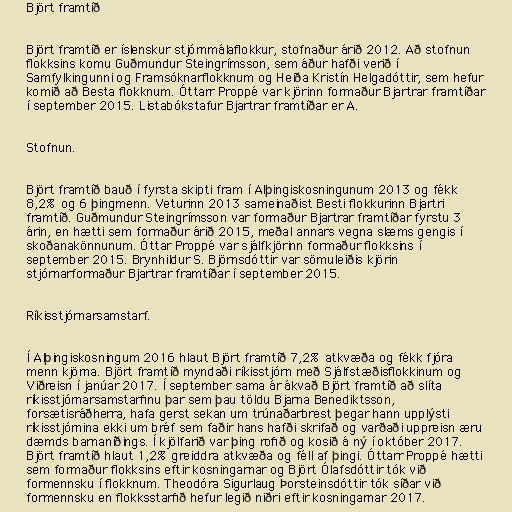
Björt framtíð

Björt framtíð er íslenskur stjórnmálaflokkur, stofnaður árið 2012. Að stofnun
flokksins komu Guðmundur Steingrímsson, sem áður hafði verið í
Samfylkingunni og Framsóknarflokknum og Heiða Kristín Helgadóttir, sem hefur
komið að Besta flokknum. Óttarr Proppé var kjörinn formaður Bjartrar framtíðar
í september 2015. Listabókstafur Bjartrar framtíðar er A.

Stofnun.

Björt framtíð bauð í fyrsta skipti fram í Alþingiskosningunum 2013 og fékk
8,2% og 6 þingmenn. Veturinn 2013 sameinaðist Besti flokkurinn Bjartri
framtíð. Guðmundur Steingrímsson var formaður Bjartrar framtíðar fyrstu 3
árin, en hætti sem formaður árið 2015, meðal annars vegna slæms gengis í
skoðanakönnunum. Óttar Proppé var sjálfkjörinn formaður flokksins í
september 2015. Brynhildur S. Björnsdóttir var sömuleiðis kjörin
stjórnarformaður Bjartrar framtíðar í september 2015.

Ríkisstjórnarsamstarf.

Í Alþingiskosningum 2016 hlaut Björt framtíð 7,2% atkvæða og fékk fjóra
menn kjörna. Björt framtíð myndaði ríkisstjórn með Sjálfstæðisflokkinum og
Viðreisn í janúar 2017. Í september sama ár ákvað Björt framtíð að slíta
ríkisstjórnarsamstarfinu þar sem þau töldu Bjarna Benediktsson,
forsætisráðherra, hafa gerst sekan um trúnaðarbrest þegar hann upplýsti
ríkisstjórnina ekki um bréf sem faðir hans hafði skrifað og varðaði uppreisn æru
dæmds barnaníðings. Í kjölfarið var þing rofið og kosið á ný í október 2017.
Björt framtíð hlaut 1,2% greiddra atkvæða og féll af þingi. Óttarr Proppé hætti
sem formaður flokksins eftir kosningarnar og Björt Ólafsdóttir tók við
formennsku í flokknum. Theodóra Sigurlaug Þorsteinsdóttir tók síðar við
formennsku en flokksstarfið hefur legið niðri eftir kosningarnar 2017.